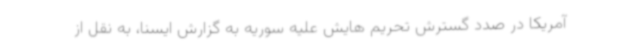
آمریکا در صدد گسترش تحریم هایش علیه سوریه به گزارش ایسنا، به نقل از